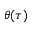
\theta ( \tau )